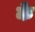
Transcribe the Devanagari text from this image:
के